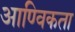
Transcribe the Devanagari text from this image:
आण्विकता